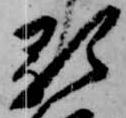
顕